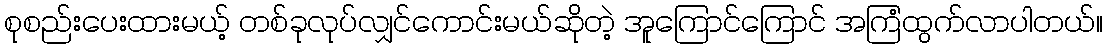
စုစည်းပေးထားမယ့် တစ်ခုလုပ်လျှင်ကောင်းမယ်ဆိုတဲ့ အူကြောင်ကြောင် အကြံထွက်လာပါတယ်။